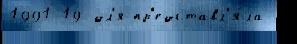
1991 19 дл'я пр'едставл'я́ла